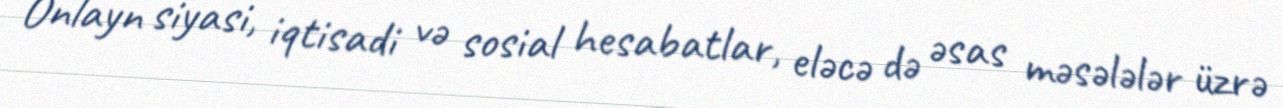
Onlayn siyasi, iqtisadi və sosial hesabatlar, eləcə də əsas məsələlər üzrə